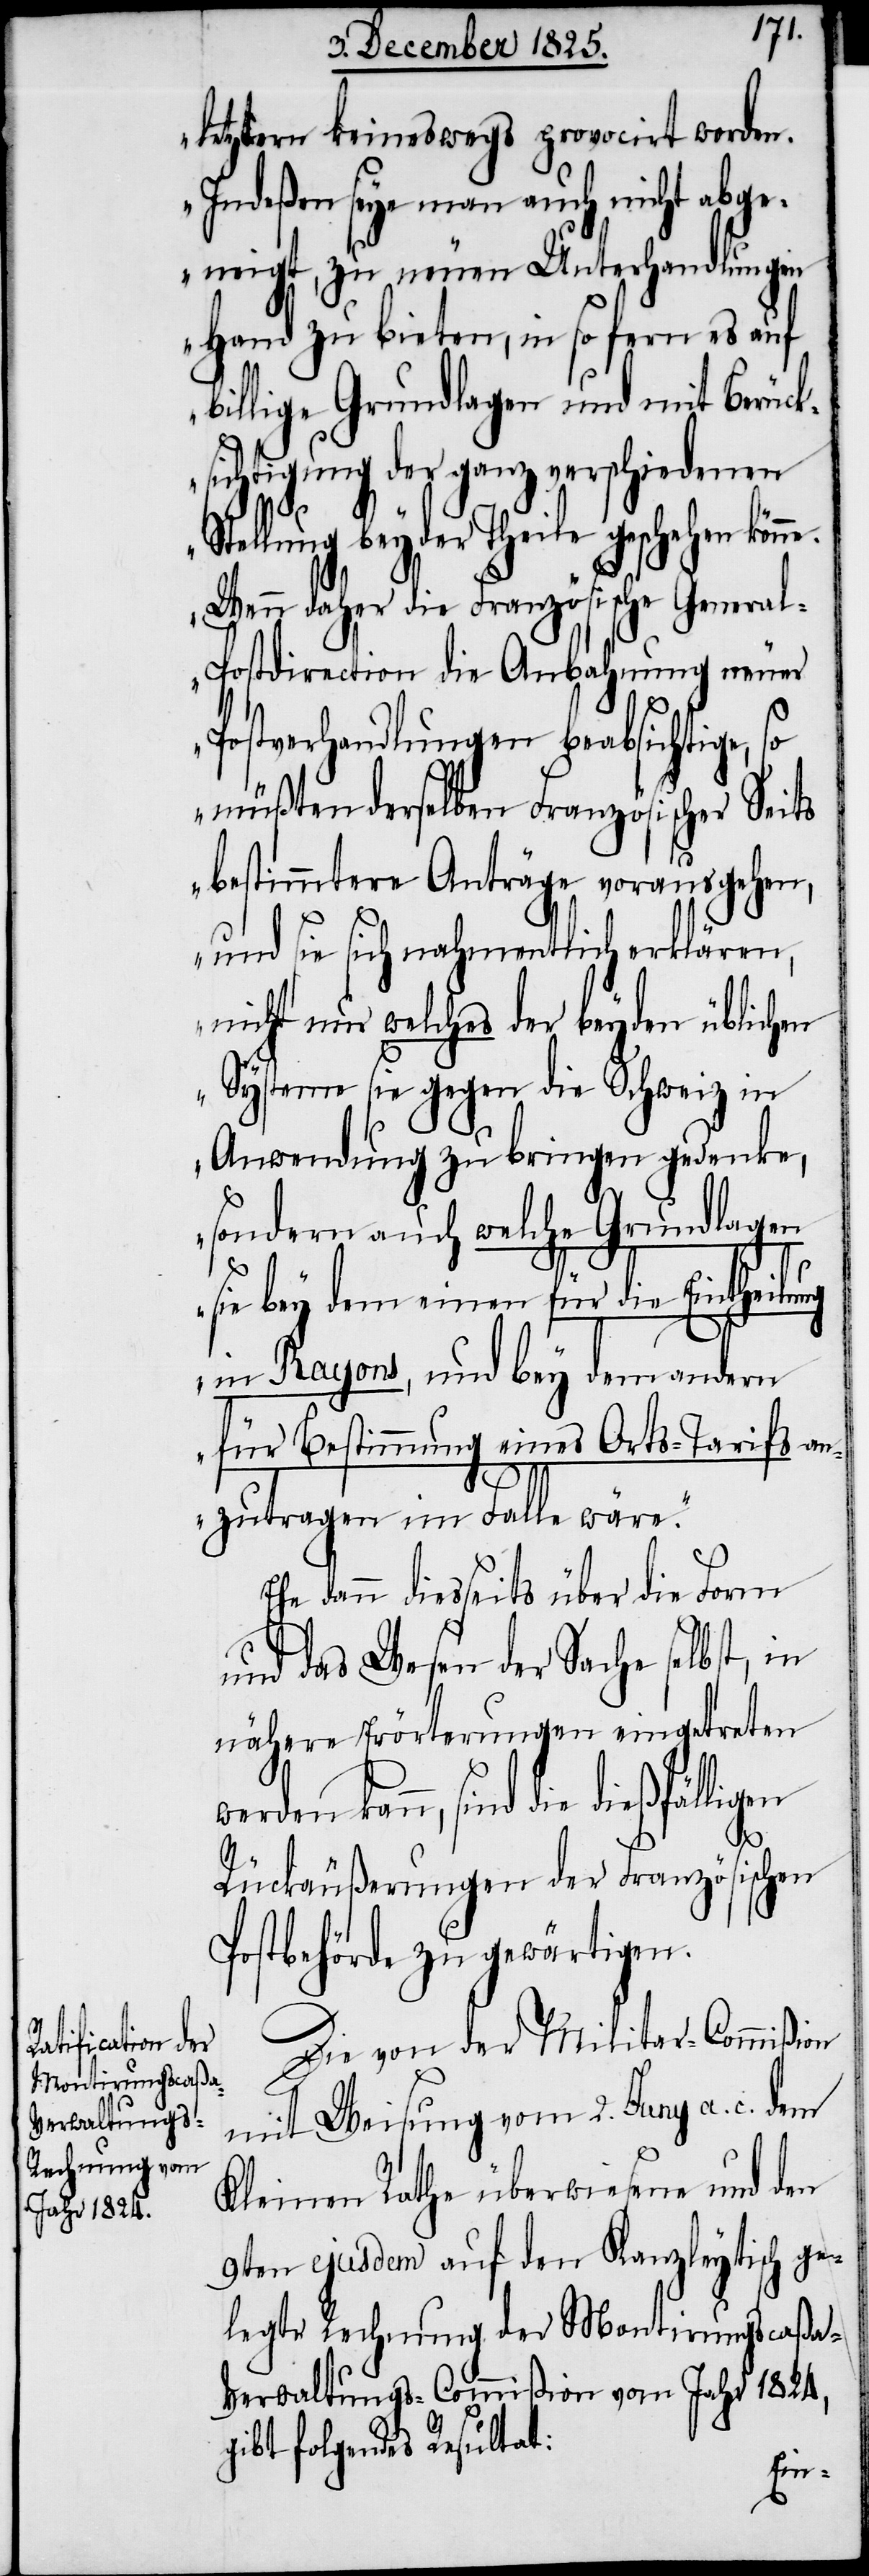
letztern keineswegs provocirt worden.
Indeßen seye man auch nicht abge¬
neigt, zu neuen Unterhandlungen
Hand zu bieten, in so fern es auf
billige Grundlagen und mit Berück¬
sichtigung der ganz verschiedenen
Stellung beyder Theile geschehen könne.
Wenn daher die Französische General-P¬
ostdirection die Anbahnung neuer
Postverhandlungen beabsichtige,
müßten derselben Französischer Seits
bestimmtere Anträge vorausgehen,
und sie sich nahmentlich erklären,
nicht nur welches der beyden üblichen
Systeme sie gegen die Schweiz in
Anwendung zu bringen gedenke,
sondern auch welche Grundlagen
sie bey dem einen für die Eintheilung
in Rayons, und bey dem andern
für Bestimmung eines Orts-Tarifs an¬
zutragen im Falle wäre.“
Ehe dann diesseits über die Form
und das Wesen der Sache selbst, in
nähere Erörterungen eingetreten
werden kann, sind die dießfälligen
Rückäußerungen der Französischen
Postbehörde zu gewärtigen.
Die von der Militar-Commißion
mit Weisung vom 2. Juny a. c. dem
Kleinen Rathe überwiesene und den
9ten ejusdem auf den Kanzleytisch ge¬
legte Rechnung der Montirungscaßa-V¬
erwaltungs-Commißion vom Jahr 1824,
gibt folgendes Resultat: